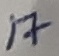
Text: 17